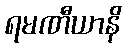
ရမဏီယာနိ